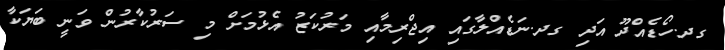
ގދ.ހޯޑެއްދޫ އަދި ގދ.ނަޑެއްލާގައި އިޖްރިމާއި މަރުކަޒު އެޅުމަށް މި ސަރުކާރުން ވަނީ ބަޔަކާ